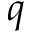
q